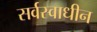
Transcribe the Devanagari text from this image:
सर्वस्वाधीन